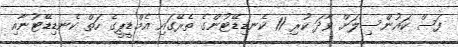
ފަސް ކައުންސިލަށް ވާދަ ކުރި 11 ކެނޑިޑޭޓުންގެ ތެރޭގައި އެމްޑީޕީގެ ހަތް ކެނޑިޑޭޓުނާއި